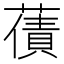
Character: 𮑫